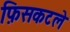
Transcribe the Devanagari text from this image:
फ़िसकटले